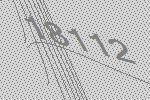
18112